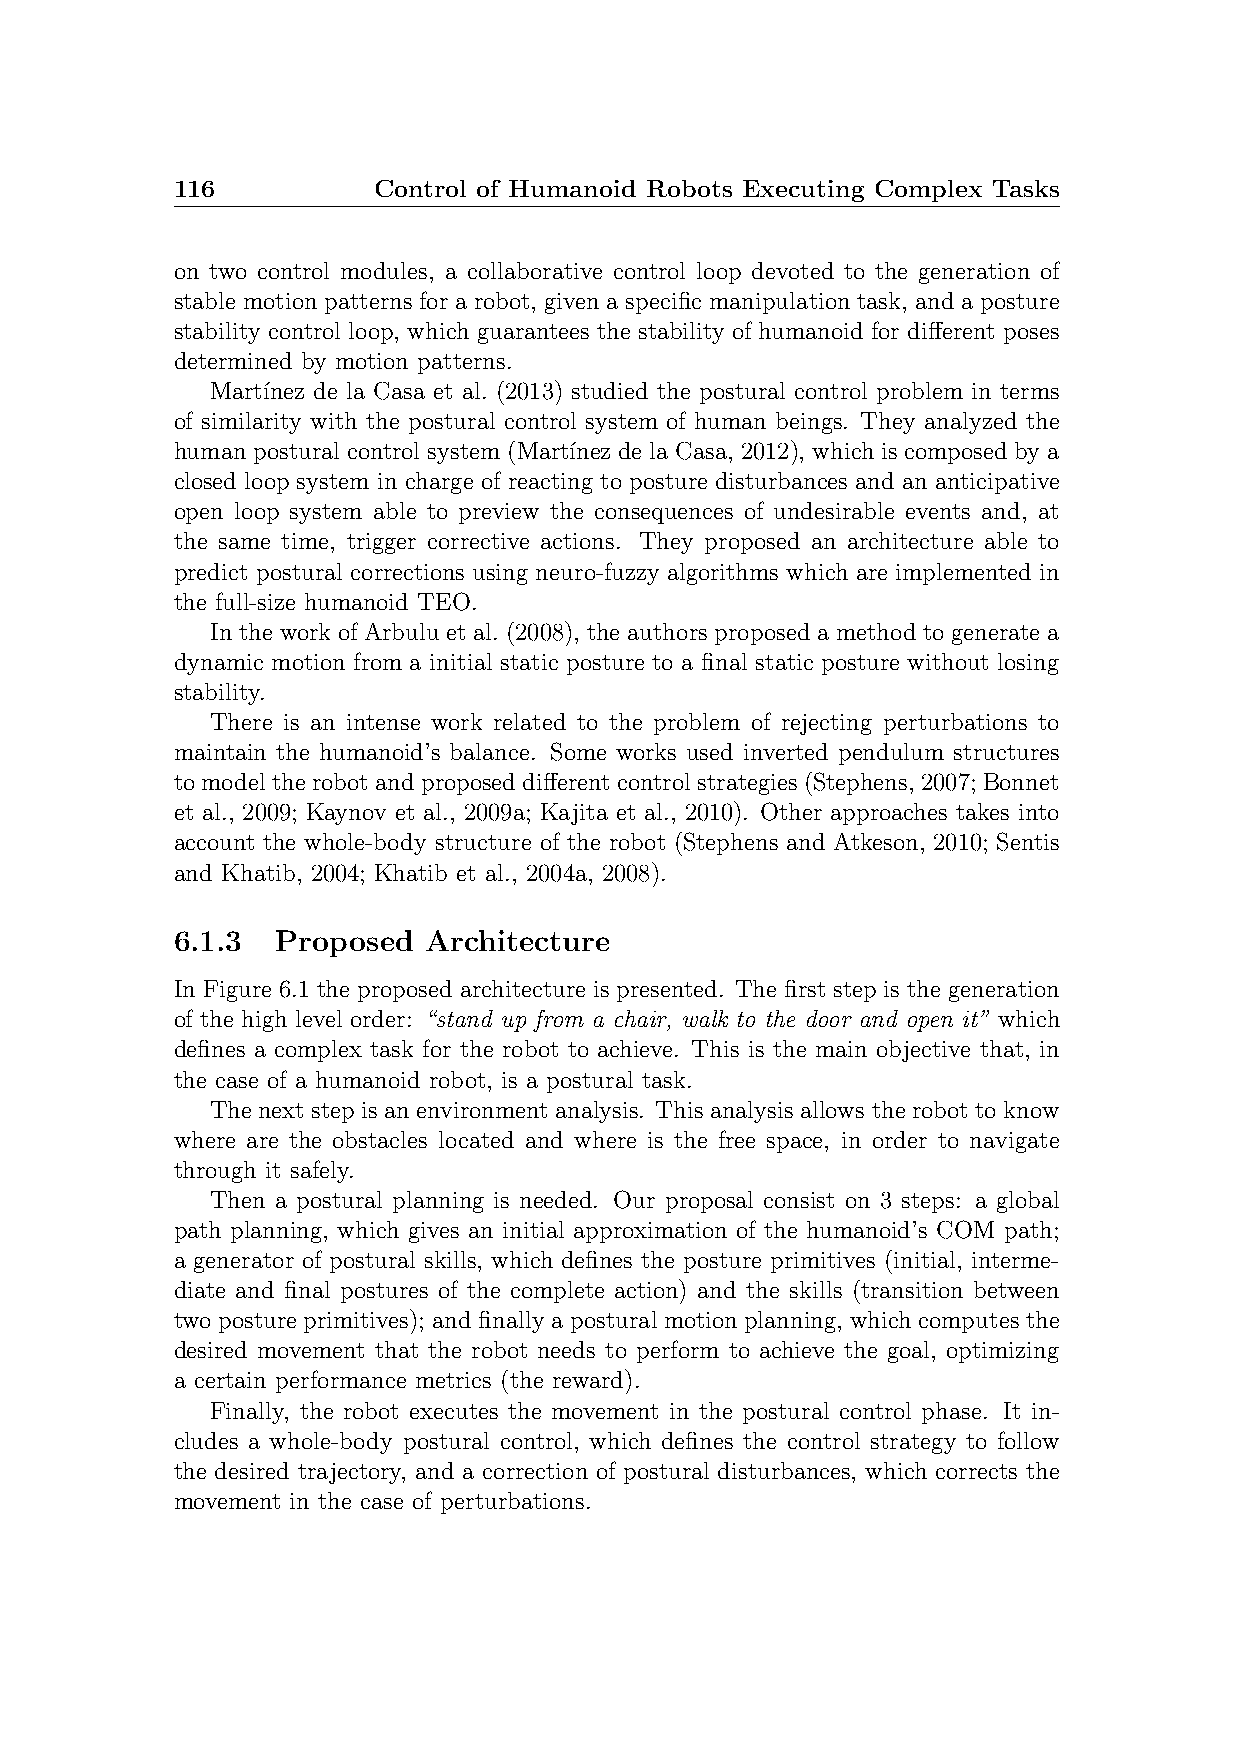
116           Control of Humanoid Robots Executing Complex Tasks
 on two control modules, a collaborative control loop devoted to the generation of
 stable motion patterns for a robot, given a specific manipulation task, and a posture
 stability control loop, which guarantees the stability of humanoid for different poses
 determined by motion patterns.
 Mart´ınez de la Casa et al. (2013) studied the postural control problem in terms
 of similarity with the postural control system of human beings. They analyzed the
 human postural control system (Mart´ınez de la Casa, 2012), which is composed by a
 closed loop system in charge of reacting to posture disturbances and an anticipative
 open loop system able to preview the consequences of undesirable events and, at
 the same time, trigger corrective actions. They proposed an architecture able to
 predict postural corrections using neuro-fuzzy algorithms which are implemented in
 the full-size humanoid TEO.
 In the work of Arbulu et al. (2008), the authors proposed a method to generate a
 dynamic motion from a initial static posture to a final static posture without losing
 stability.
 There is an intense work related to the problem of rejecting perturbations to
 maintain the humanoid’s balance. Some works used inverted pendulum structures
 tomodeltherobotandproposeddifferentcontrolstrategies(Stephens,2007;Bonnet
 et al., 2009; Kaynov et al., 2009a; Kajita et al., 2010). Other approaches takes into
 account the whole-body structure of the robot (Stephens and Atkeson, 2010; Sentis
 and Khatib, 2004; Khatib et al., 2004a, 2008).
 6.1.3  Proposed  Architecture
 In Figure 6.1 the proposed architecture is presented. The first step is the generation
 of the high level order: “stand up from a chair, walk to the door and open it” which
 defines a complex task for the robot to achieve. This is the main objective that, in
 the case of a humanoid robot, is a postural task.
 The next step is an environment analysis. This analysis allows the robot to know
 where are the obstacles located and where is the free space, in order to navigate
 through it safely.
 Then a postural planning is needed. Our proposal consist on 3 steps: a global
 path planning, which gives an initial approximation of the humanoid’s COM path;
 a generator of postural skills, which defines the posture primitives (initial, interme-
 diate and final postures of the complete action) and the skills (transition between
 two posture primitives); and finally a postural motion planning, which computes the
 desired movement that the robot needs to perform to achieve the goal, optimizing
 a certain performance metrics (the reward).
 Finally, the robot executes the movement in the postural control phase. It in-
 cludes a whole-body postural control, which defines the control strategy to follow
 the desired trajectory, and a correction of postural disturbances, which corrects the
 movement in the case of perturbations.